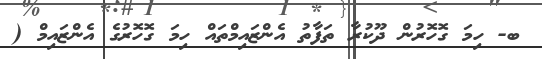
ބ- ހިމަ ގޮހޮރުން ދޫކުރާ ތަފާތު އެންޒައިމްތައް ހިމަ ގޮހޮރުގެ އެންޒައިމް (